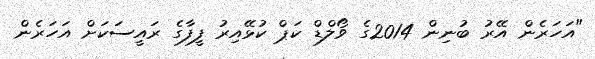
"އަހަރެން އޭރު ބުނިން 2014ގެ ވޯލްޑް ކަޕް ކުޅޭއިރު ފީފާގެ ރައީސަކަށް އަހަރެން